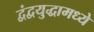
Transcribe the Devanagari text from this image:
द्वंद्वयुद्धामध्ये